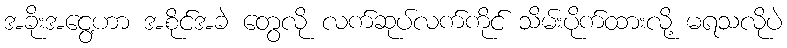
အခိုးအငွေ့ဟာ အစိုင်အခဲ တွေလို လက်ဆုပ်လက်ကိုင် သိမ်းပိုက်ထားလို့ မရသလိုပဲ